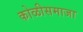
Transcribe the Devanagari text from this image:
कोळीसमाजा